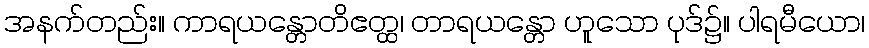
အနက်တည်း။ ကာရယန္တောတိဧတ္ထ၊ တာရယန္တော ဟူသော ပုဒ်၌။ ပါရမီယော၊